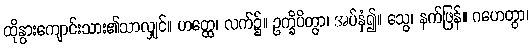
ထိုနွားကျောင်းသား၏သာလျှင်။ ဟတ္ထေ၊ လက်၌။ ဥက္ခိပိတွာ၊ အပ်နှံ၍။ သွေ၊ နက်ဖြန်။ ဂဟေတွာ၊